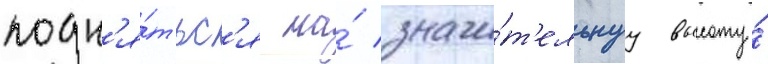
подн'я́тьс'я на́ значи́т'ельнуу высоту́